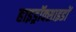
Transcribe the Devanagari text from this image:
हाइड्रॉक्साइडों